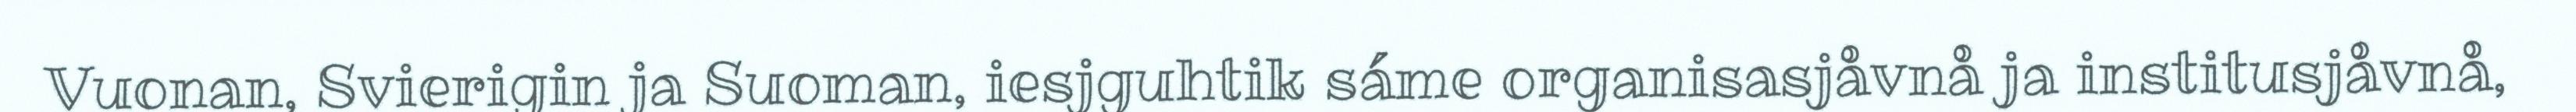
Vuonan, Svierigin ja Suoman, iesjguhtik sáme organisasjåvnå ja institusjåvnå,